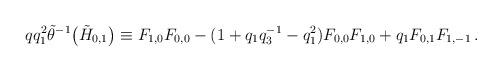
LaTeX: \begin{align*}qq_1^2\tilde\theta^{-1}\bigl(\tilde H_{0,1}\bigr)\equiv F_{1,0}F_{0,0}-(1+q_1q_3^{-1}-q_1^{2})F_{0,0}F_{1,0}+q_1F_{0,1}F_{1,-1}\,.\end{align*}